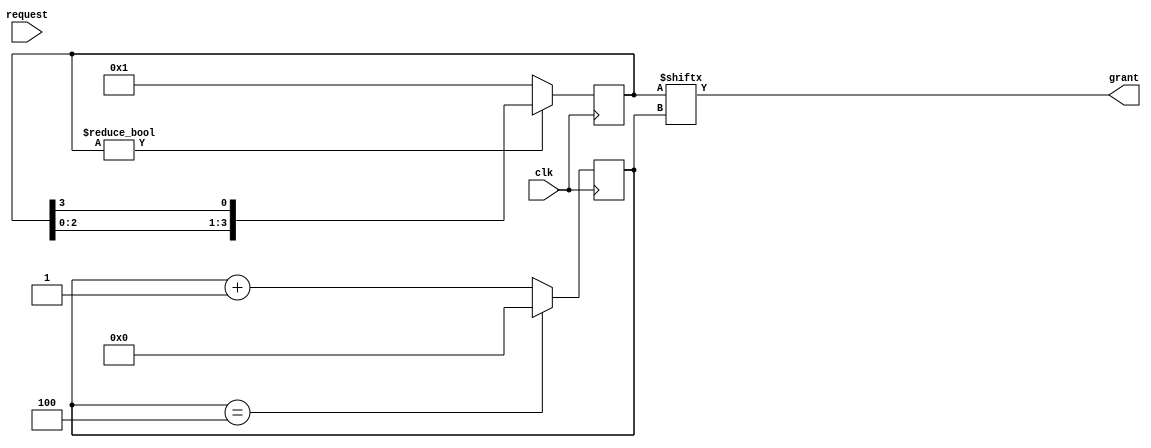
module round_robin_arbiter (
    input clk,
    input [num_inputs-1:0] request,
    output grant
);

parameter num_inputs = 4;

reg [num_inputs-1:0] grant_reg;
reg [num_inputs-1:0] round_robin_counter;

always @(posedge clk) begin
    if (grant_reg != 0) begin
        grant_reg <= {grant_reg[num_inputs-2:0], grant_reg[num_inputs-1]};
    end else begin
        grant_reg <= 1;
    end
    
    round_robin_counter <= round_robin_counter + 1;
    if (round_robin_counter == num_inputs) begin
        round_robin_counter <= 0;
    end
end

assign grant = grant_reg[round_robin_counter];

endmodule